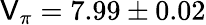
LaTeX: \mathsf{V}_{\pi}=7.99\pm0.02